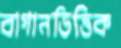
বাগানভিত্তিক